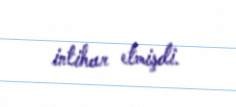
intihar etmişdi.